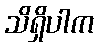
သိရှိပါက